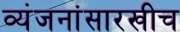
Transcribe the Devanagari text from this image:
व्यंजनांसारखीच